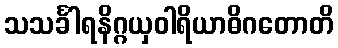
သသင်္ခါရနိဂ္ဂယှဝါရိယာဓိဂတောတိ